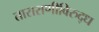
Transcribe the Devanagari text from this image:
ताराराणीविरुद्ध